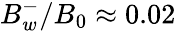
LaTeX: B_{w}^{-}/B_{0}\approx 0.02